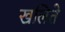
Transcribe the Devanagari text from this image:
खलिते